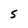
Character: S